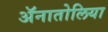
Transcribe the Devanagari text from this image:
ॲनातोलिया